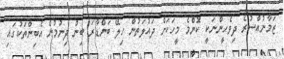
ޒަމާނުއްސުރެ ދިވެހީންނަކީ ކޮންމެ މީހަކަށް ދައުލަތުން ހިލޭ ބަންޑާރަ ބިން ދިނުމުން އެބިންތަކުގައި